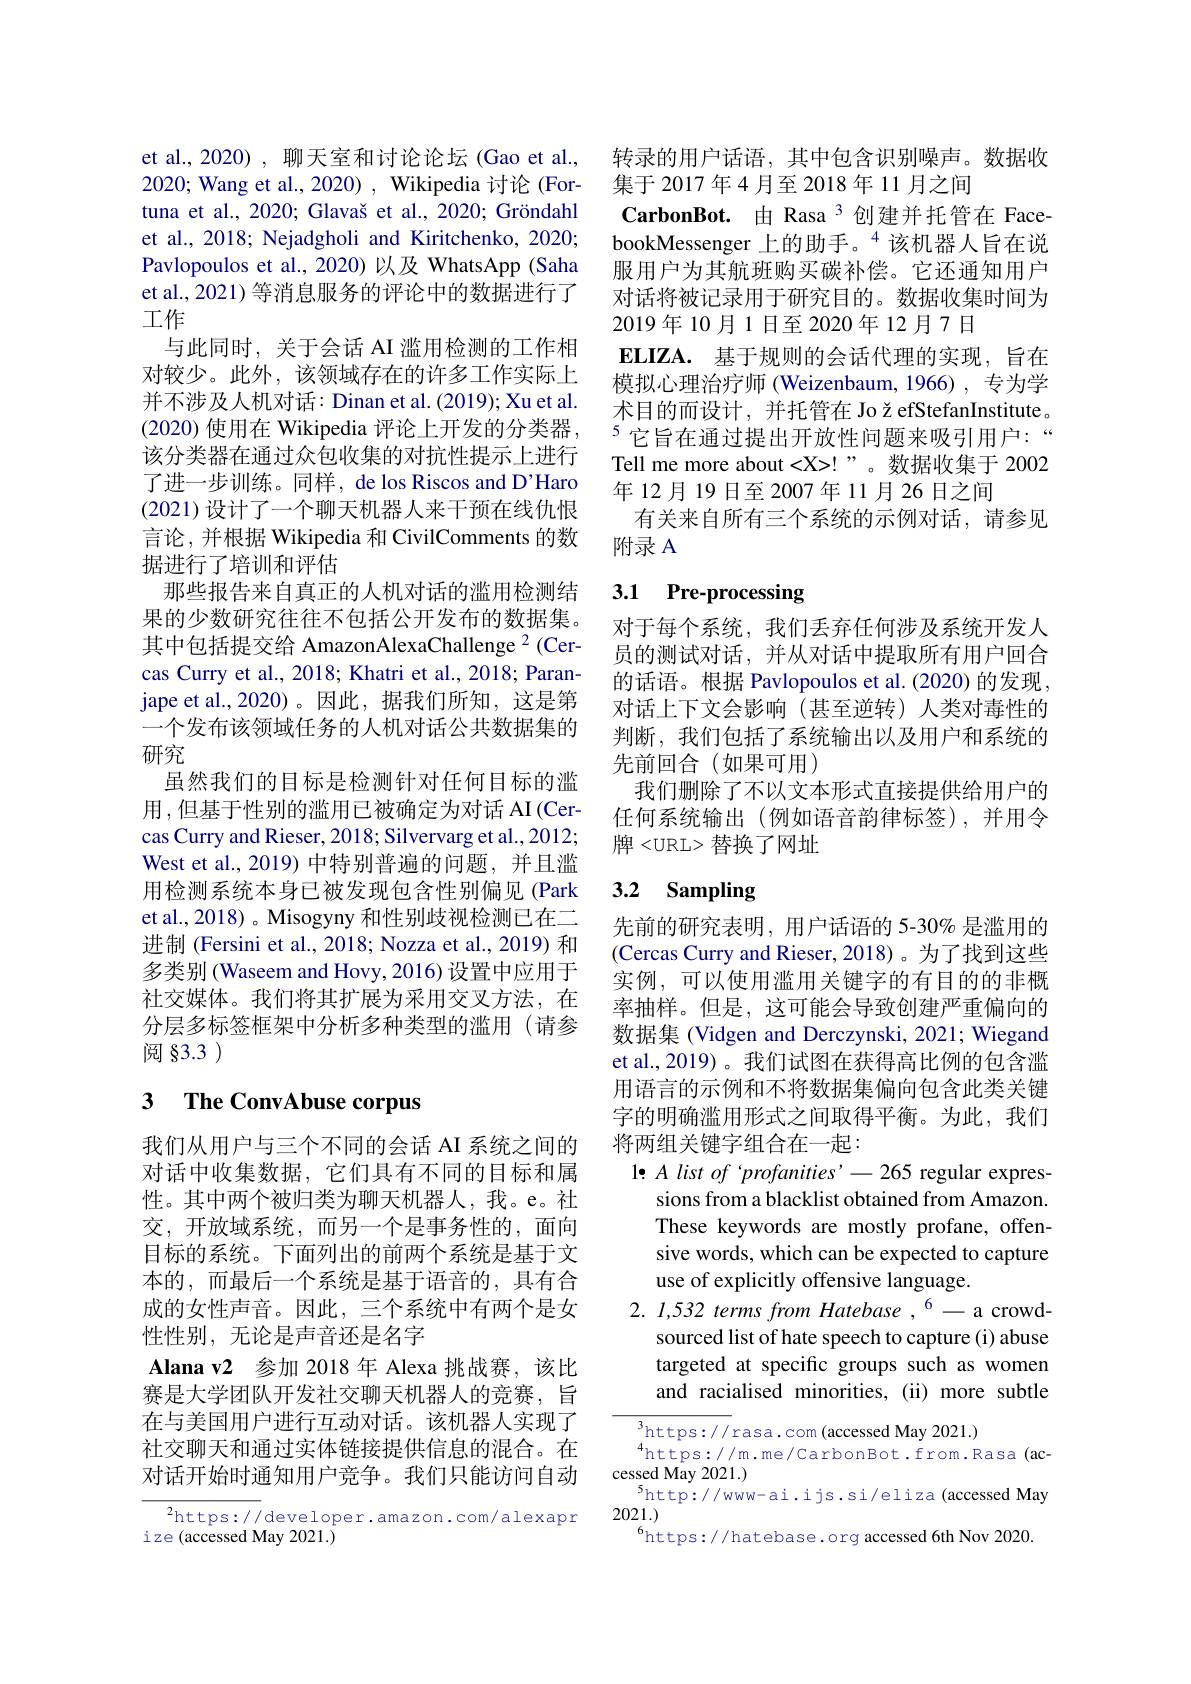
et al., 2020) , 聊天室和讨论论坛 (Gao et al., 2020; Wang et al., 2020) , Wikipedia 讨论 (Fortuna et al., 2020; Glavaš et al., 2020; Gröndahl et al., 2018; Nejadgholi and Kiritchenko, 2020; Pavlopoulos et al., 2020) 以及 WhatsApp (Saha et al., 2021) 等消息服务的评论中的数据进行了工作
与此同时，关于会话 AI 滥用检测的工作相对较少。此外，该领域存在的许多工作实际上并不涉及人机对话：Dinan et al. (2019); Xu et al. (2020) 使用在 Wikipedia 评论上开发的分类器， 该分类器在通过众包收集的对抗性提示上进行了进一步训练。同样，de los Riscos and D'Haro (2021)设计了一个聊天机器人来干预在线仇恨言论，并根据 Wikipedia 和 CivilComments 的数据进行了培训和评估
那些报告来自真正的人机对话的滥用检测结果的少数研究往往不包括公开发布的数据集。其中包括提交给 AmazonAlexaChallenge $^{2}$(Cercas Curry et al., 2018; Khatri et al., 2018; Paranjape et al.,2020)。因此，据我们所知，这是第一个发布该领域任务的人机对话公共数据集的研究
虽然我们的目标是检测针对任何目标的滥用，但基于性别的滥用已被确定为对话 AI(Cer-1) cas Curry and Rieser, 2018; Silvervarg et al., 2012; West et al., 2019) 中特别普遍的问题，并且滥用检测系统本身已被发现包含性别偏见(Park et al., 2018) 。Misogyny 和性别歧视检测已在二进制 (Fersini et al., 2018; Nozza et al., 2019) 和多类别 (Waseem and Hovy, 2016) 设置中应用于社交媒体。我们将其扩展为采用交叉方法，在分层多标签框架中分析多种类型的滥用(请参阅 §3.3 )

# 3 The ConvAbuse corpus

我们从用户与三个不同的会话 AI 系统之间的对话中收集数据，它们具有不同的目标和属性。其中两个被归类为聊天机器人，我。e。社交，开放域系统，而另一个是事务性的，面向目标的系统。下面列出的前两个系统是基于文本的，而最后一个系统是基于语音的，具有合成的女性声音。因此，三个系统中有两个是女性性别，无论是声音还是名字
Alana v2 参加 2018 年 Alexa 挑战赛，该比赛是大学团队开发社交聊天机器人的竞赛，旨在与美国用户进行互动对话。该机器人实现了社交聊天和通过实体链接提供信息的混合。在对话开始时通知用户竞争。我们只能访问自动

${^{2}\mathrm{https://}}$developer.amazon.com/alexapr
i ze (accessed May 2021.)

转录的用户话语，其中包含识别噪声。数据收
集于2017年4月至2018年11月之间
$\mathbf{CarbonBot.}$由 Rasa 3 创建并托管在 FacebookMessenger 上的助手。$^{4}$该机器人旨在说服用户为其航班购买碳补偿。它还通知用户对话将被记录用于研究目的。数据收集时间为2019年10月1日至2020年12月7日
$\mathbf{ELIZA. }$ 基于规则的会话代理的实现，旨在模拟心理治疗师 (Weizenbaum,1966),专为学术目的而设计，并托管在 Jo ž efStefanInstitute。$^{5}$它旨在通过提出开放性问题来吸引用户：“ Tell me more about <X>!”。数据收集于 2002年12月19日至2007年11月26日之间
有关来自所有三个系统的示例对话，请参见
附录 A

# 3.1 Pre-processing

对于每个系统，我们丢弃任何涉及系统开发人员的测试对话，并从对话中提取所有用户回合的话语。根据 Pavlopoulos et al.(2020) 的发现， 对话上下文会影响(甚至逆转)人类对毒性的判断，我们包括了系统输出以及用户和系统的先前回合(如果可用)
我们删除了不以文本形式直接提供给用户的任何系统输出(例如语音韵律标签),并用令牌<URL> 替换了网址

## 3.2 Sampling

先前的研究表明，用户话语的 5-30% 是滥用的(Cercas Curry and Rieser, 2018)。为了找到这些实例，可以使用滥用关键字的有目的的非概率抽样。但是，这可能会导致创建严重偏向的数据集 (Vidgen and Derczynski, 2021; Wiegand et al.,2019)。我们试图在获得高比例的包含滥用语言的示例和不将数据集偏向包含此类关键字的明确滥用形式之间取得平衡。为此，我们将两组关键字组合在一起：
$1{: }A\textit{list of ' profanities' }- 265$ regular expres-
sions from a blacklist obtained from Amazon. These keywords are mostly profane, offensive words, which can be expected to capture use of explicitly offensive language.
2. 1,532 terms from Hatebase , 6-a crowd-
sourced list of hate speech to capture (i) abuse targeted at specific groups such as women and racialised minorities, (ii) more subtle
${\overline{{^3}}\mathrm{https://}}$rasa.com (accessed May 2021.)

$^{4}$https://m.me/CarbonBot.from.Rasa(ac-
cessed May 2021.)
$^{5}$http://www-ai.ijs.si/eliza(accessed May
2021.)
$^{6}$https://hatebase.org accessed 6th Nov 2020.